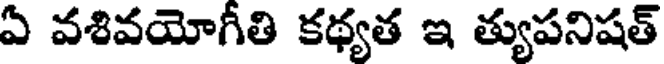
ఏ వశివయోగీతి కథ్యత ఇ త్యుపనిషత్